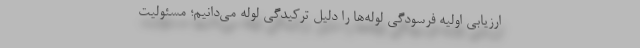
ارزیابی اولیه فرسودگی لوله‌ها را دلیل ترکیدگی لوله می‌دانیم؛ مسئولیت